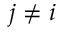
j \neq i